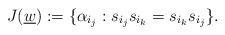
LaTeX: \begin{align*}J(\underline{w}):=\{\alpha_{i_{j}}: s_{i_{j}}s_{i_{k}}=s_{i_{k}}s_{i_{j}} \}.\end{align*}